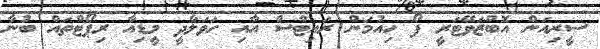
ސީރިއަން އޮބްޒަވޭޓަރީ ފޯ ހިއުމަން ރައިޓްސް އާއި ހަވަލާދީ މީޑިއާ ރިޕޯޓްތައް ބުނާ